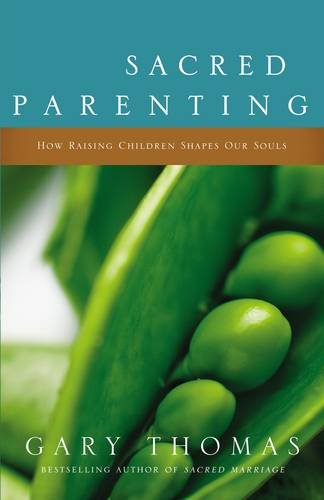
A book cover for Sacred Parenting: How Raising Children Shapes Our Souls; Gary L. Thomas; Christian Books & Bibles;